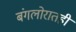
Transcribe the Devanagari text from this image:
बंगलोरातही